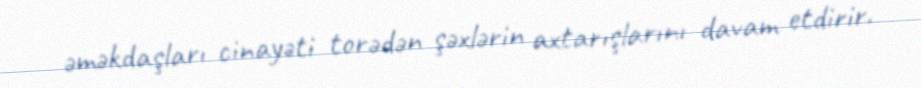
əməkdaşları cinayəti torədən şəxlərin axtarışlarını davam etdirir.